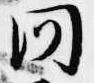
問